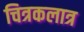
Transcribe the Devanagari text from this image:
चित्रकलात्र